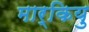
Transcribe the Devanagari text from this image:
मार्कियु